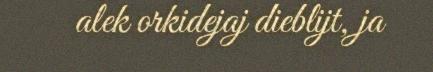
alek orkidejaj dieblijt, ja